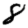
Digit: 8